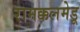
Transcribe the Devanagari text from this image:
रामक्कलमेडू